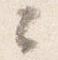
々